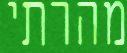
מהרתי